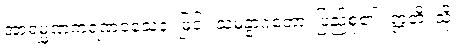
အာရမ္မဏကရဏဝသေန၊ ဖြင့်။ သမန္နာဂတော၊ ပြည့်စုံ၏။ ဣတိ၊ သို့။